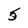
Character: 5